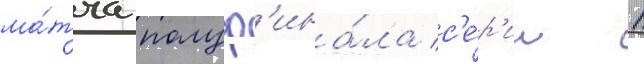
ма́тча полуф'ина́ла с'е́р'ии 1